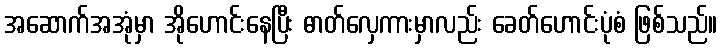
အဆောက်အအုံမှာ အိုဟောင်းနေပြီး ဓာတ်လှေကားမှာလည်း ခေတ်ဟောင်းပုံစံ ဖြစ်သည်။